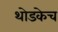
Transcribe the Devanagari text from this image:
थोडकेच